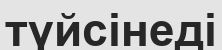
түйсінеді